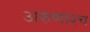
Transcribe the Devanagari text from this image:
अरुणाश्‍च